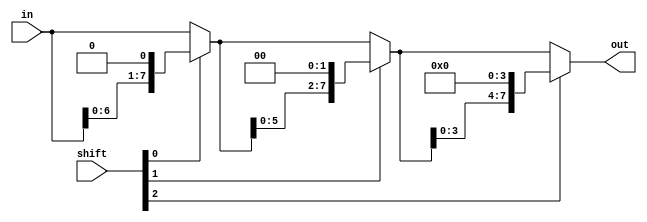
module barrel_shifter(in, shift, out);
    input  [7:0] in;
    input  [2:0] shift;
    output [7:0] out;

    /*Write your code here*/
    wire [7:0] L1, L2;

    // level 1
    assign L1 = shift[0] ? {in[6:0], 1'b0} : in;

    // level 2
    assign L2 = shift[1] ? {L1[5:0], 2'b0} : L1;

    // level 3
    assign out = shift[2] ? {L2[3:0], 4'b0} : L2;

    /*End of code*/
endmodule